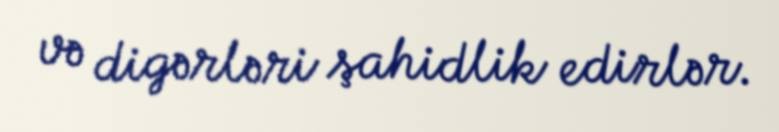
və digərləri şahidlik edirlər.